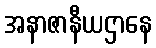
အနာဇာနီယဌာနေ